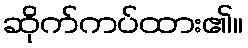
ဆိုက်ကပ်ထား၏။